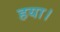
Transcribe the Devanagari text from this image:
हया।